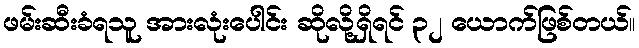
ဖမ်းဆီးခံရသူ အားလုံးပေါင်း ဆိုလို့ရှိရင် ၃၂ ယောက်ဖြစ်တယ်။